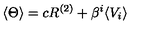
\langle \Theta \rangle = c R ^ { ( 2 ) } + \beta ^ { i } \langle V _ { i } \rangle